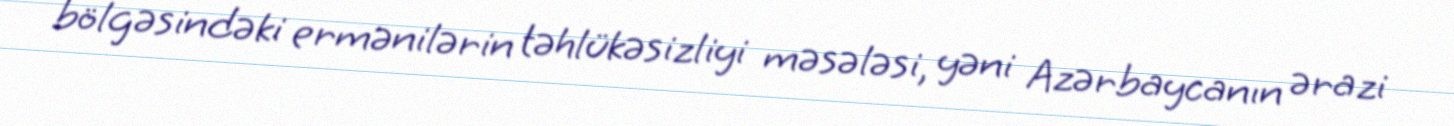
bölgəsindəki ermənilərin təhlükəsizliyi məsələsi, yəni Azərbaycanın ərazi